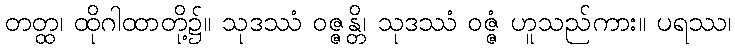
တတ္ထ၊ ထိုဂါထာတို့၌။ သုဒဿံ ဝဇ္ဇန္တိ၊ သုဒဿံ ဝဇ္ဇံ ဟူသည်ကား။ ပရဿ၊